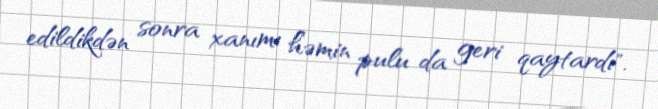
edildikdən sonra xanımı həmin pulu da geri qaytardı".